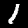
Digit: 1